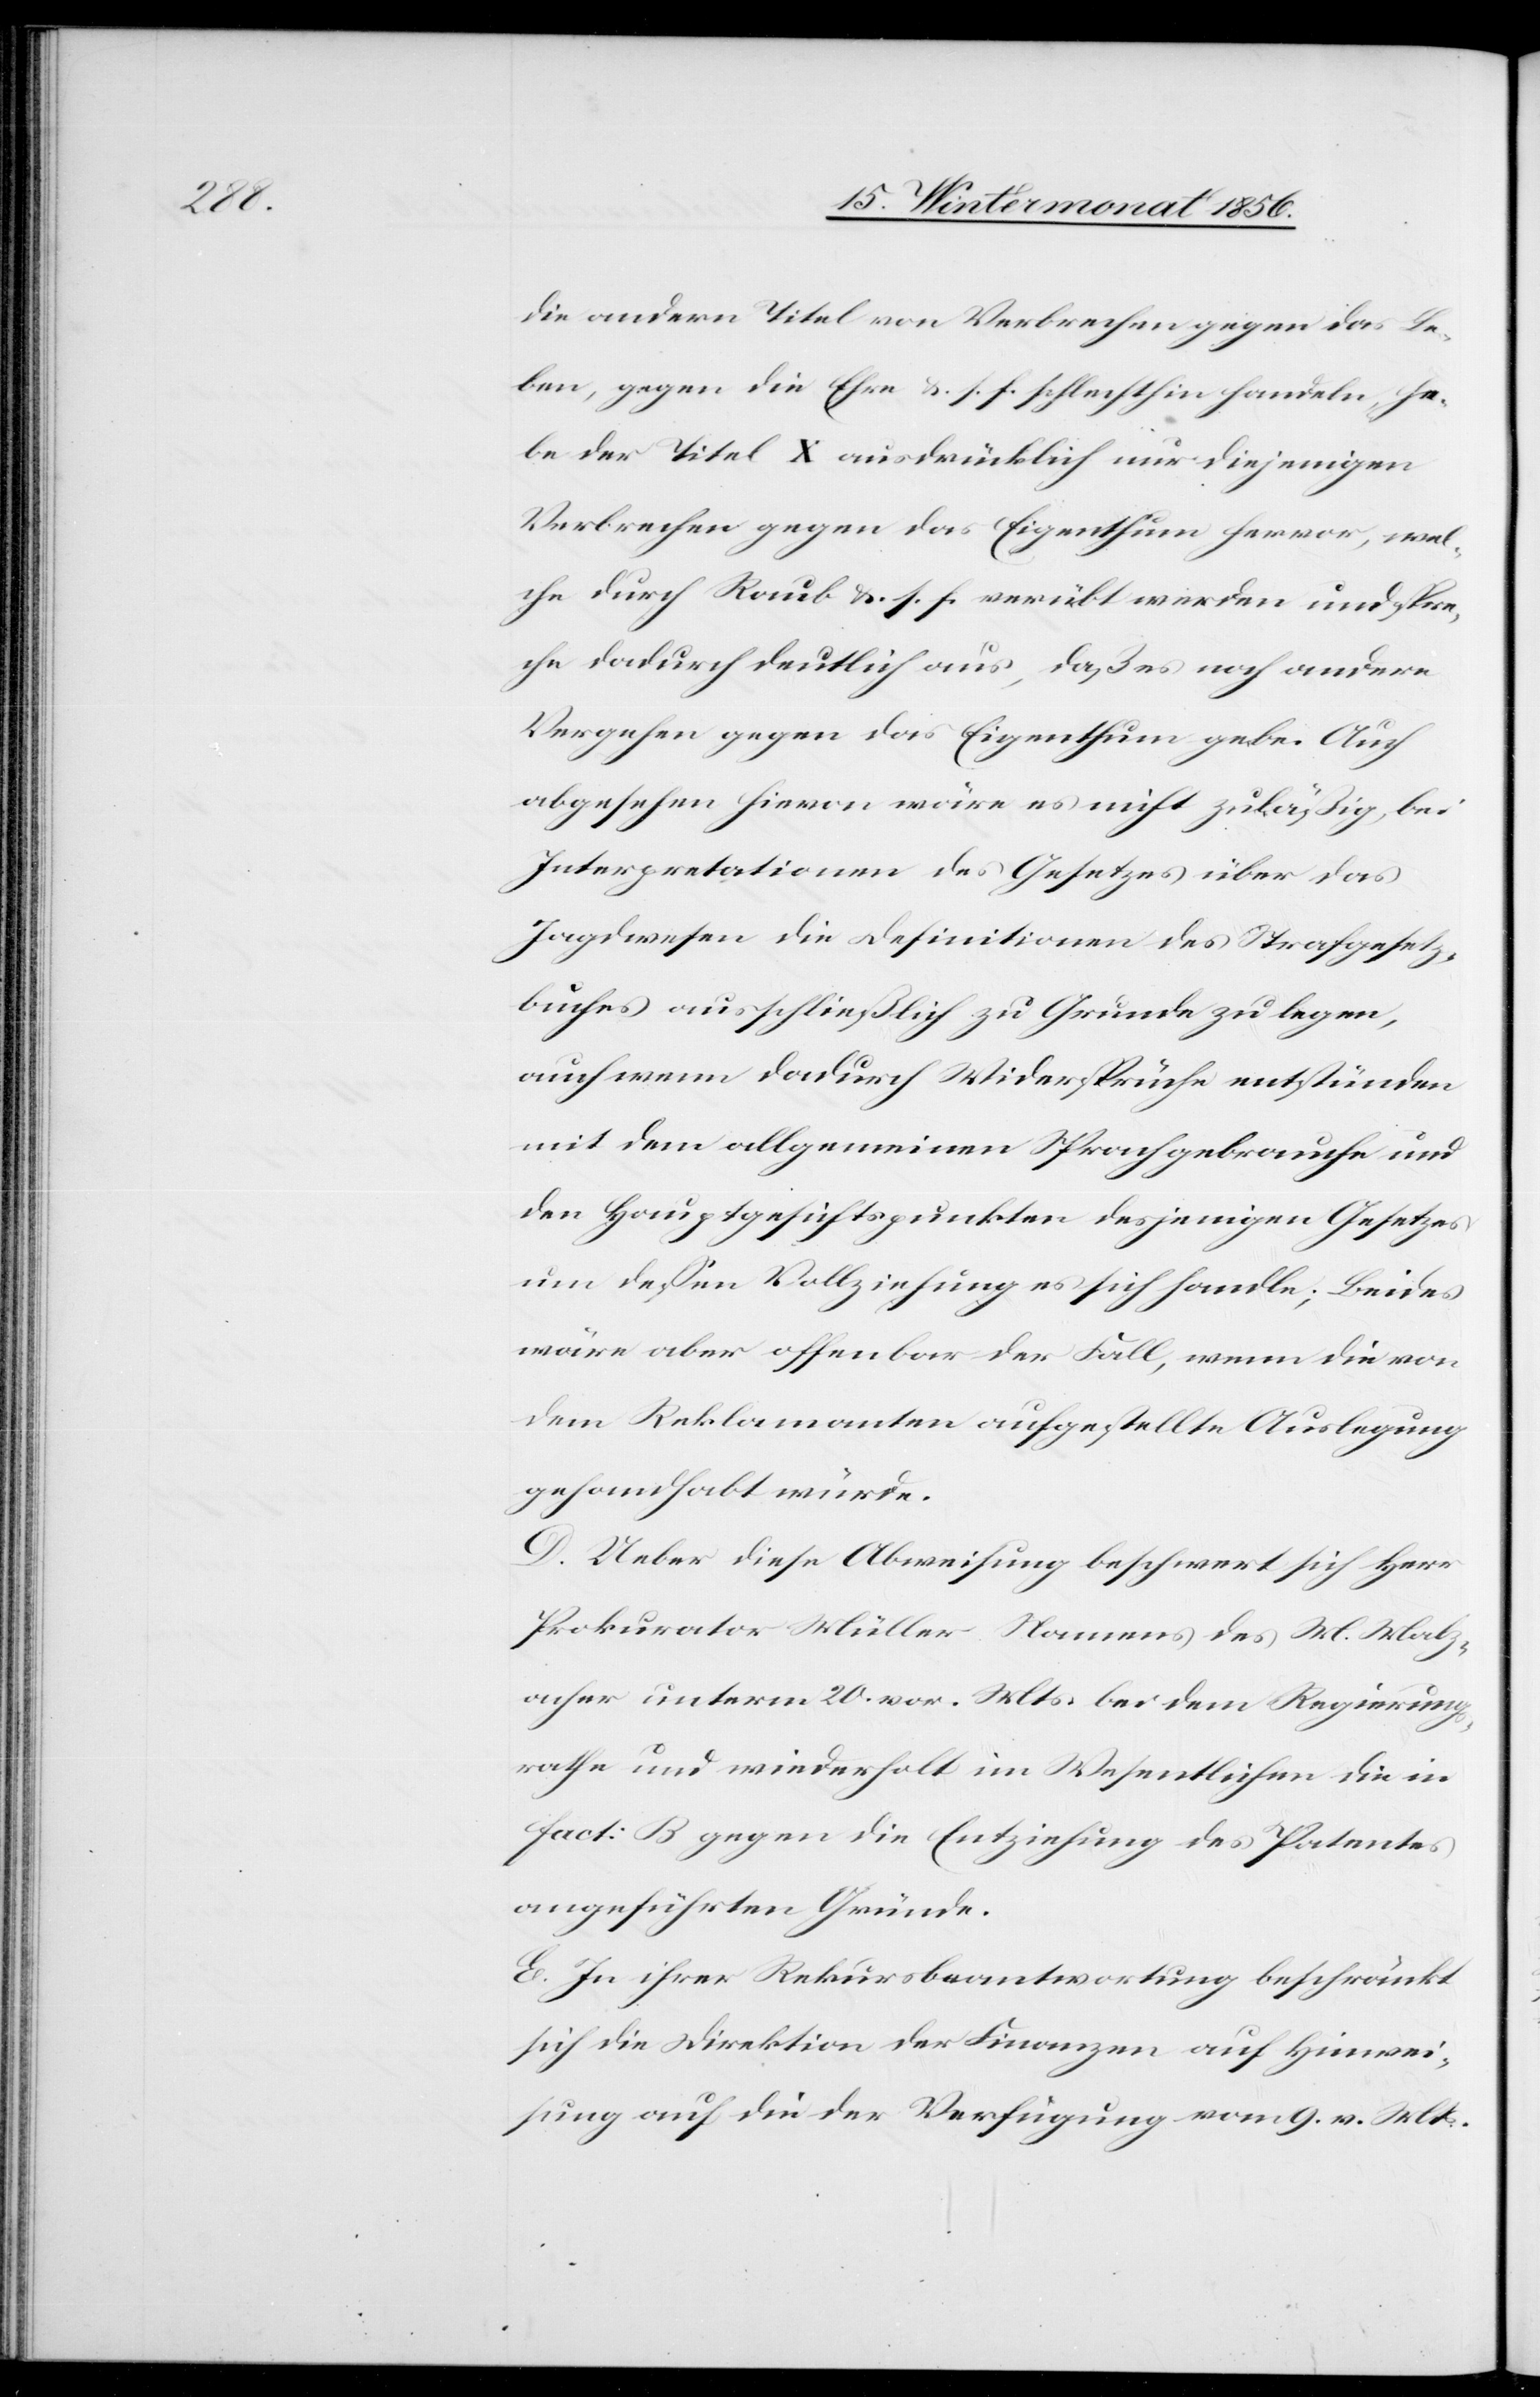
die andern Titel von Verbrechen gegen das Le¬
ben, gegen die Ehre &. s. f. schlechthin handeln, he¬
be der Titel X ausdrücklich nur diejenigen
Verbrechen gegen das Eigenthum hervor, wel¬
che durch Raub &. s. f. verübt werden und spre¬
che dadurch deutlich aus, daß es noch andere
Vergehen gegen das Eigenthum gebe. Auch
abgesehen hievon wäre es nicht zuläßig, bei
Interpretationen des Gesetzes über das
Jagdwesen die Definitionen des Strafgesetz¬
buches ausschließlich zu Grunde zu legen,
auch wenn dadurch Widersprüche entstünden
mit dem allgemeinen Sprachgebrauche und
den Hauptgesichtspunkten desjenigen Gesetzes
um dessen Vollziehung es sich handle; Beides
wäre aber offenbar der Fall, wenn die von
den Reklamanten aufgestellte Auslegung
gehandhabt würde.
D. Ueber diese Abweisung beschwert sich Herr
Prokurator Müller Namens des M. Malz¬
acher unterm 20. vor. Mts. bei dem Regierungs¬
rathe und wiederholt im Wesentlichen die in
fact: B gegen die Entziehung des Patentes
angeführten Gründe.
E. In ihrer Rekursbeantwortung beschränkt
sich die Direktion der Finanzen auf Hinwei¬
sung auf die der Verfügung vom 9. v. Mts.